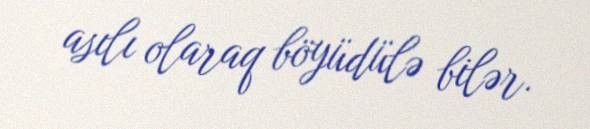
asılı olaraq böyüdülə bilər.